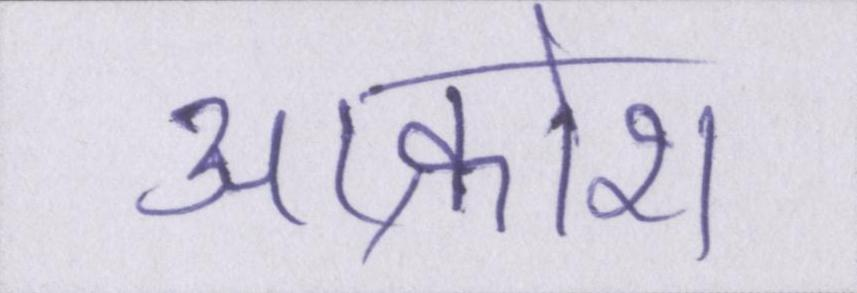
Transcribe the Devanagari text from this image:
आक्रोश